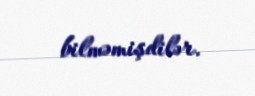
bilməmişdilər.